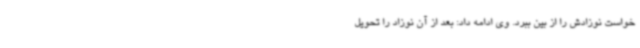
‌خواست نوزادش را از بین ببرد. وی ادامه داد: بعد از آن نوزاد را تحویل